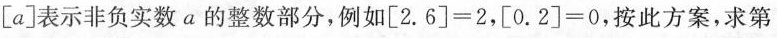
[a]表示非负实数a的整数部分，例如$$[ 2 . 6 ] = 2$$，$$[ 0 . 2 ] = 0$$，按此方案，求第